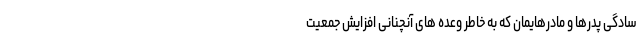
سادگی پدرها و مادرهایمان که به خاطر وعده های آنچنانی افزایش جمعیت